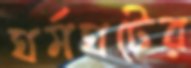
ঘর্মঘটের